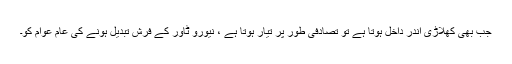
جب بھی کھلاڑی اندر داخل ہوتا ہے تو تصادفی طور پر تیار ہوتا ہے ، نیورو ٹاور کے فرش تبدیل ہونے کی عام عوام کو۔